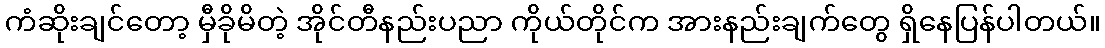
ကံဆိုးချင်တော့ မှီခိုမိတဲ့ အိုင်တီနည်းပညာ ကိုယ်တိုင်က အားနည်းချက်တွေ ရှိနေပြန်ပါတယ်။